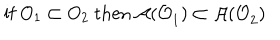
LaTeX: \mathrm { i f ~ } O _ { 1 } \subset O _ { 2 } \mathrm { ~ t h e n ~ } \mathcal { A ( O } _ { 1 } \mathcal { ) } \subset \mathcal { A ( O } _ { 2 } \mathcal { ) }